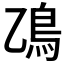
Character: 𫚮